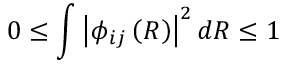
0 \leq \int \left| \phi _ { i j } \left( R \right) \right| ^ { 2 } d R \leq 1